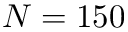
N = 1 5 0